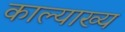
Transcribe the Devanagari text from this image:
काल्याख्य